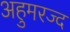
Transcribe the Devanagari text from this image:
अहुमरज्द